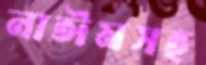
নাঈমসহ